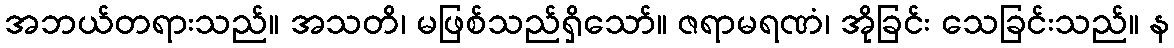
အဘယ်တရားသည်။ အသတိ၊ မဖြစ်သည်ရှိသော်။ ဇရာမရဏံ၊ အိုခြင်း သေခြင်းသည်။ န